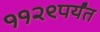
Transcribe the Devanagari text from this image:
११२९पर्यंत